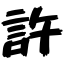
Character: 許